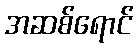
အဆစ်ရောင်